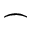
\frown